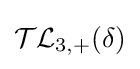
{\mathcal {TL}}_{3,+}(\delta )